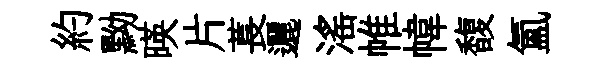
約黝暎片萇邐滛帷幃馥氲